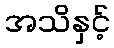
အသိနှင့်